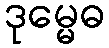
ဒုမ္မေဓ